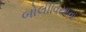
બોલીવિયાના